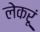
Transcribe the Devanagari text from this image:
लेकरूं